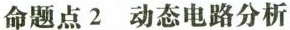
命题点2 动态电路分析